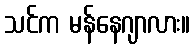
သင်က မန်နေဂျာလား။